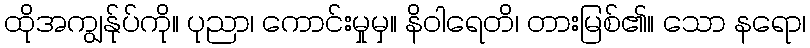
ထိုအကျွန်ုပ်ကို။ ပုညာ၊ ကောင်းမှုမှ။ နိဝါရေတိ၊ တားမြစ်၏။ သော နရော၊